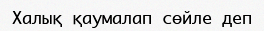
Халық қаумалап сөйле деп